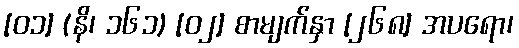
[၀၁] (နိ၊ ၁၆၁) [၀၂] စာမျက်နှာ [၂၆၈] အပရော၊